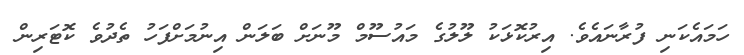
ހަމައެކަނި ފުރާނައެވެ. އިރުކޮޅަކު ލޫލުގެ މައުސޫމް މޫނަށް ބަލަން އިނުމަށްފަހު ތެދުވެ ކޮޓަރިން